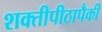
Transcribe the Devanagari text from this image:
शक्तीपीठापैकी